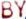
BY